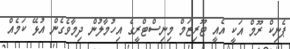
ޕެނިކް ރޫމް އަކީ އެއީ ޓޫރިޒަމް މިނިސްޓްރީގެ އިހުމާލުން ދިމާވެގެން އުޅޭ ކަމެއް